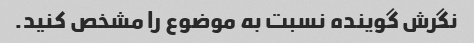
نگرش گوینده نسبت به موضوع را مشخص کنید.